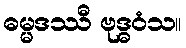
ဓမ္မဒဿီ ဗုဒ္ဓဝံသ။